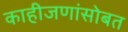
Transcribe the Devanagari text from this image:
काहीजणांसोबत